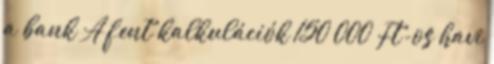
a bank A fent kalkulációk 150 000 Ft-os havi